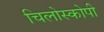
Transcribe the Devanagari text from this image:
चिलोस्कोपी